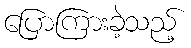
ပြောကြားခဲ့သည့်